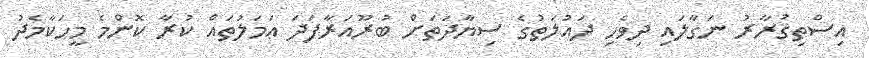
އިސްތިޤުރާރު ނަގާލައި ދިވެހި ދައުލަތުގެ ސިޔާދަތަށް ބުރޫއަރާފަދަ ޢަމަލުތައް ކުރާ ކޮންމެ މީހަކާމެދު